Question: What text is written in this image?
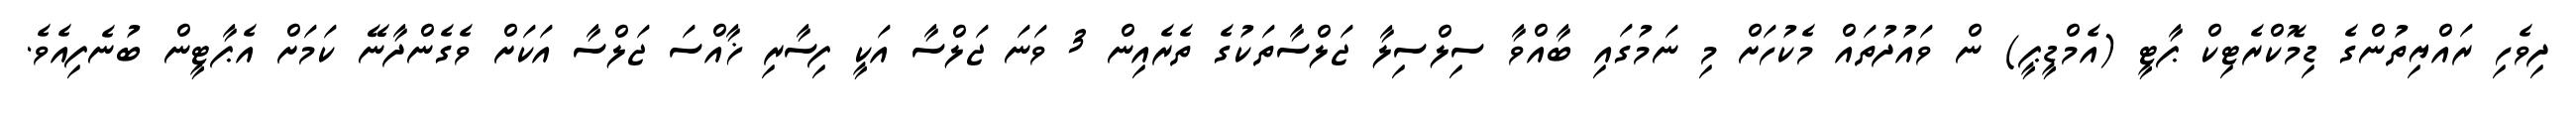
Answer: ދިވެހި ރައްޔިތުންގެ ޑިމޮކްރެޓިކް ޕާޓީ (އެމްޑީޕީ) ން ވައުދުތައް މެކުހަށް މި ނަމުގައި ބާއްވާ ސިލްސިލާ ޖަލްސާތަކުގެ ތެރެއިން 3 ވަނަ ޖަލްސާ އަކީ ފިސާރި ޚާއްސަ ޖަލްސާ އަކަށް ވެގެންދާނޭ ކަމަށް އެޕާޓީން ބުނެފިއެވެ.